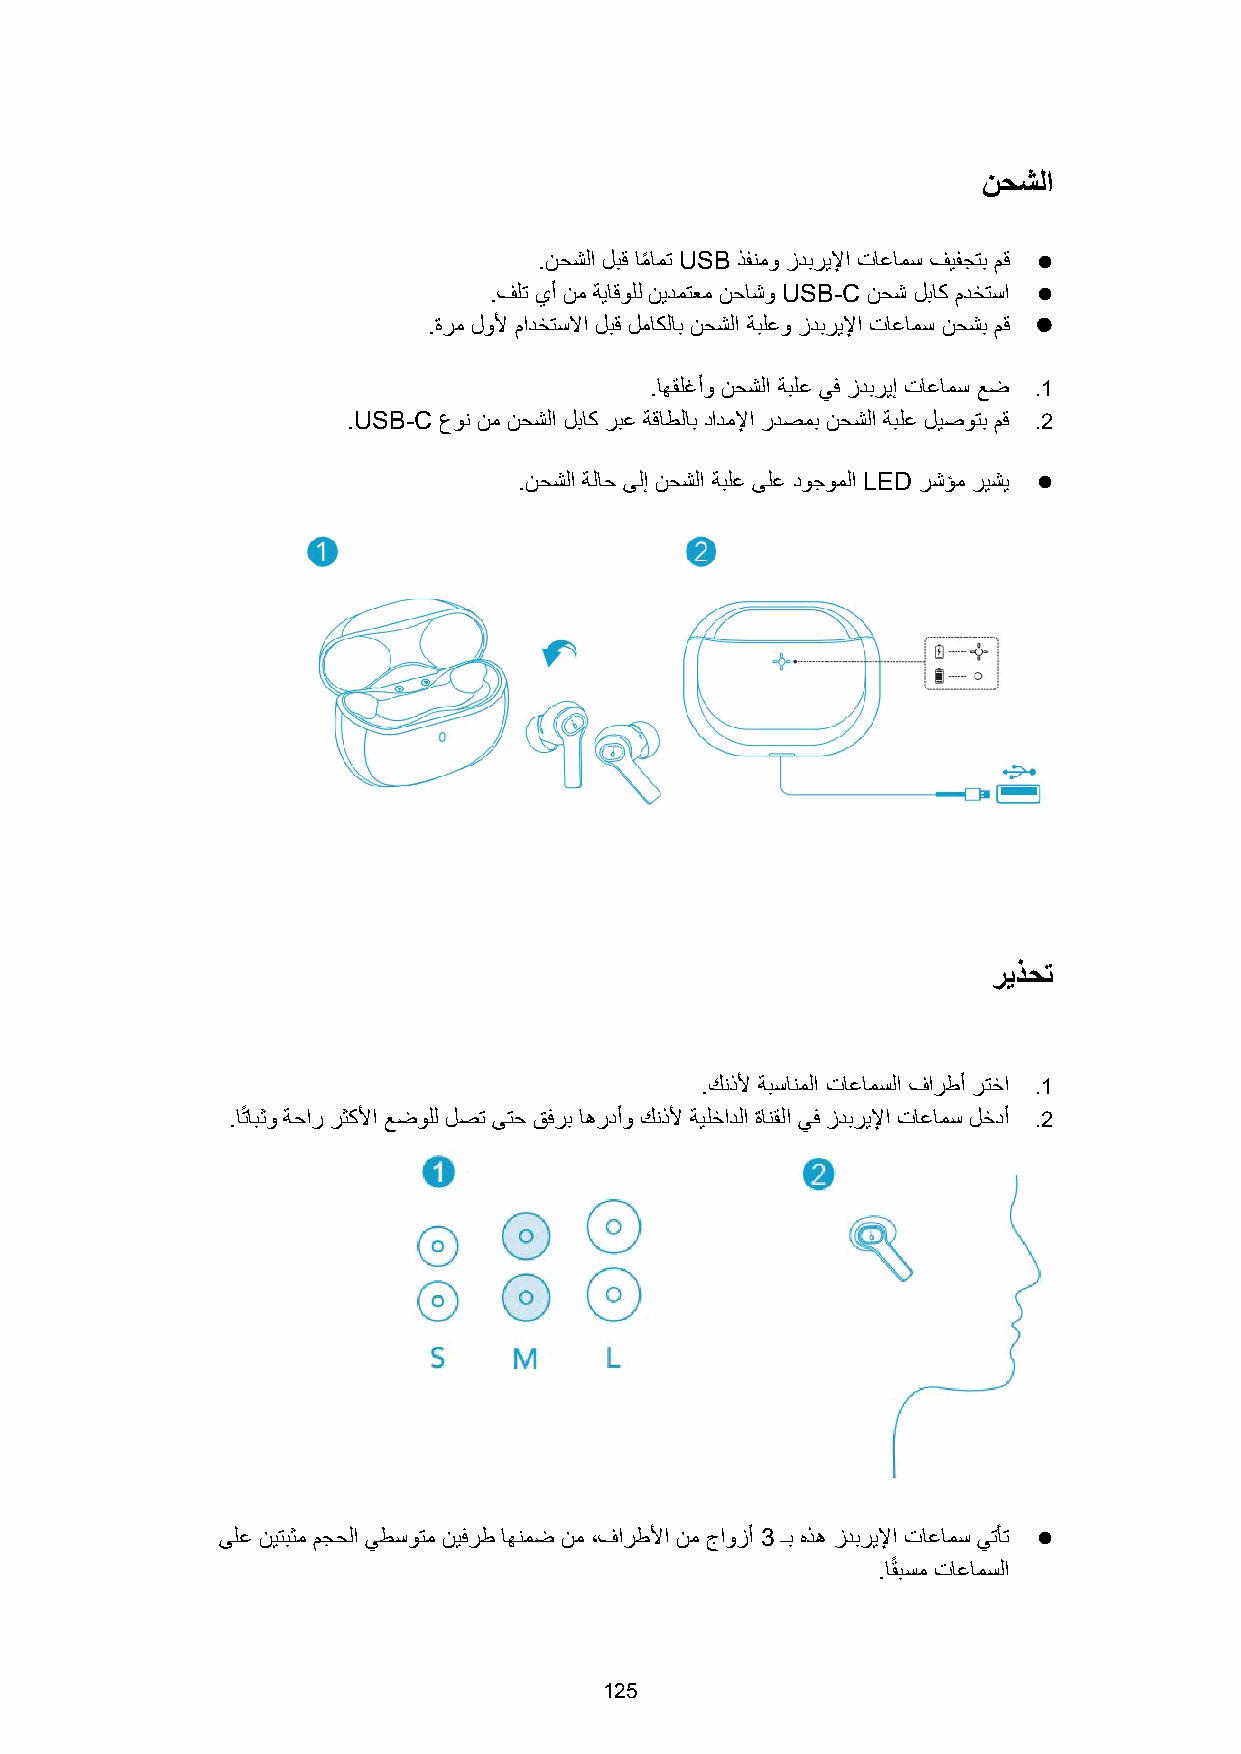
نحشلا
 .نحشلا لبق اًم اًت USB ذفنًو زدبريلا تاعاًس فيفجتب مق 
 .فلت يأ نً ةياقولل نيدًتعً نحاشو USB-C نحش لباك مدختسا 
 .ةرً لول مادختسلا لبق لًاكلاب نحشلا ةبلعو زدبريلا تاعاًس نحشب مق 
 .اهقلغأو نحشلا ةبلع يف زدبريإ تاعاًس عض .1
 .USB-C عون نً نحشلا لباك ربع ةقاطلاب دادًلا ردصًب نحشلا ةبلع ليصوتب مق .2
 .نحشلا ةلاح ىلإ نحشلا ةبلع ىلع دوجوًلا LED رشؤً ريشي 
 ريذحت
 .كنذل ةبسانًلا تاعاًسلا فارطأ رتخا .1
 .امتابثو ةحار رثكلا عضولل لصت ىتح قفرب اهردأو كنذل ةيلخادلا ةانقلا يف زدبريلا تاعاًس لخدأ .2
 ىلع نيتبثً مجحلا يطسوتً نيفرط اهنًض نً ،فارطلا نً جاوزأ 3 ـب هذه زدبريلا تاعاًس يتأت 
 .امقبسً تاعاًسلا
 125